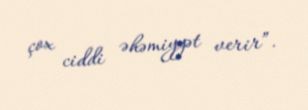
çox ciddi əhəmiyyət verir”.